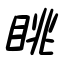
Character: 眺